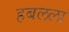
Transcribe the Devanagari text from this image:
हबलला